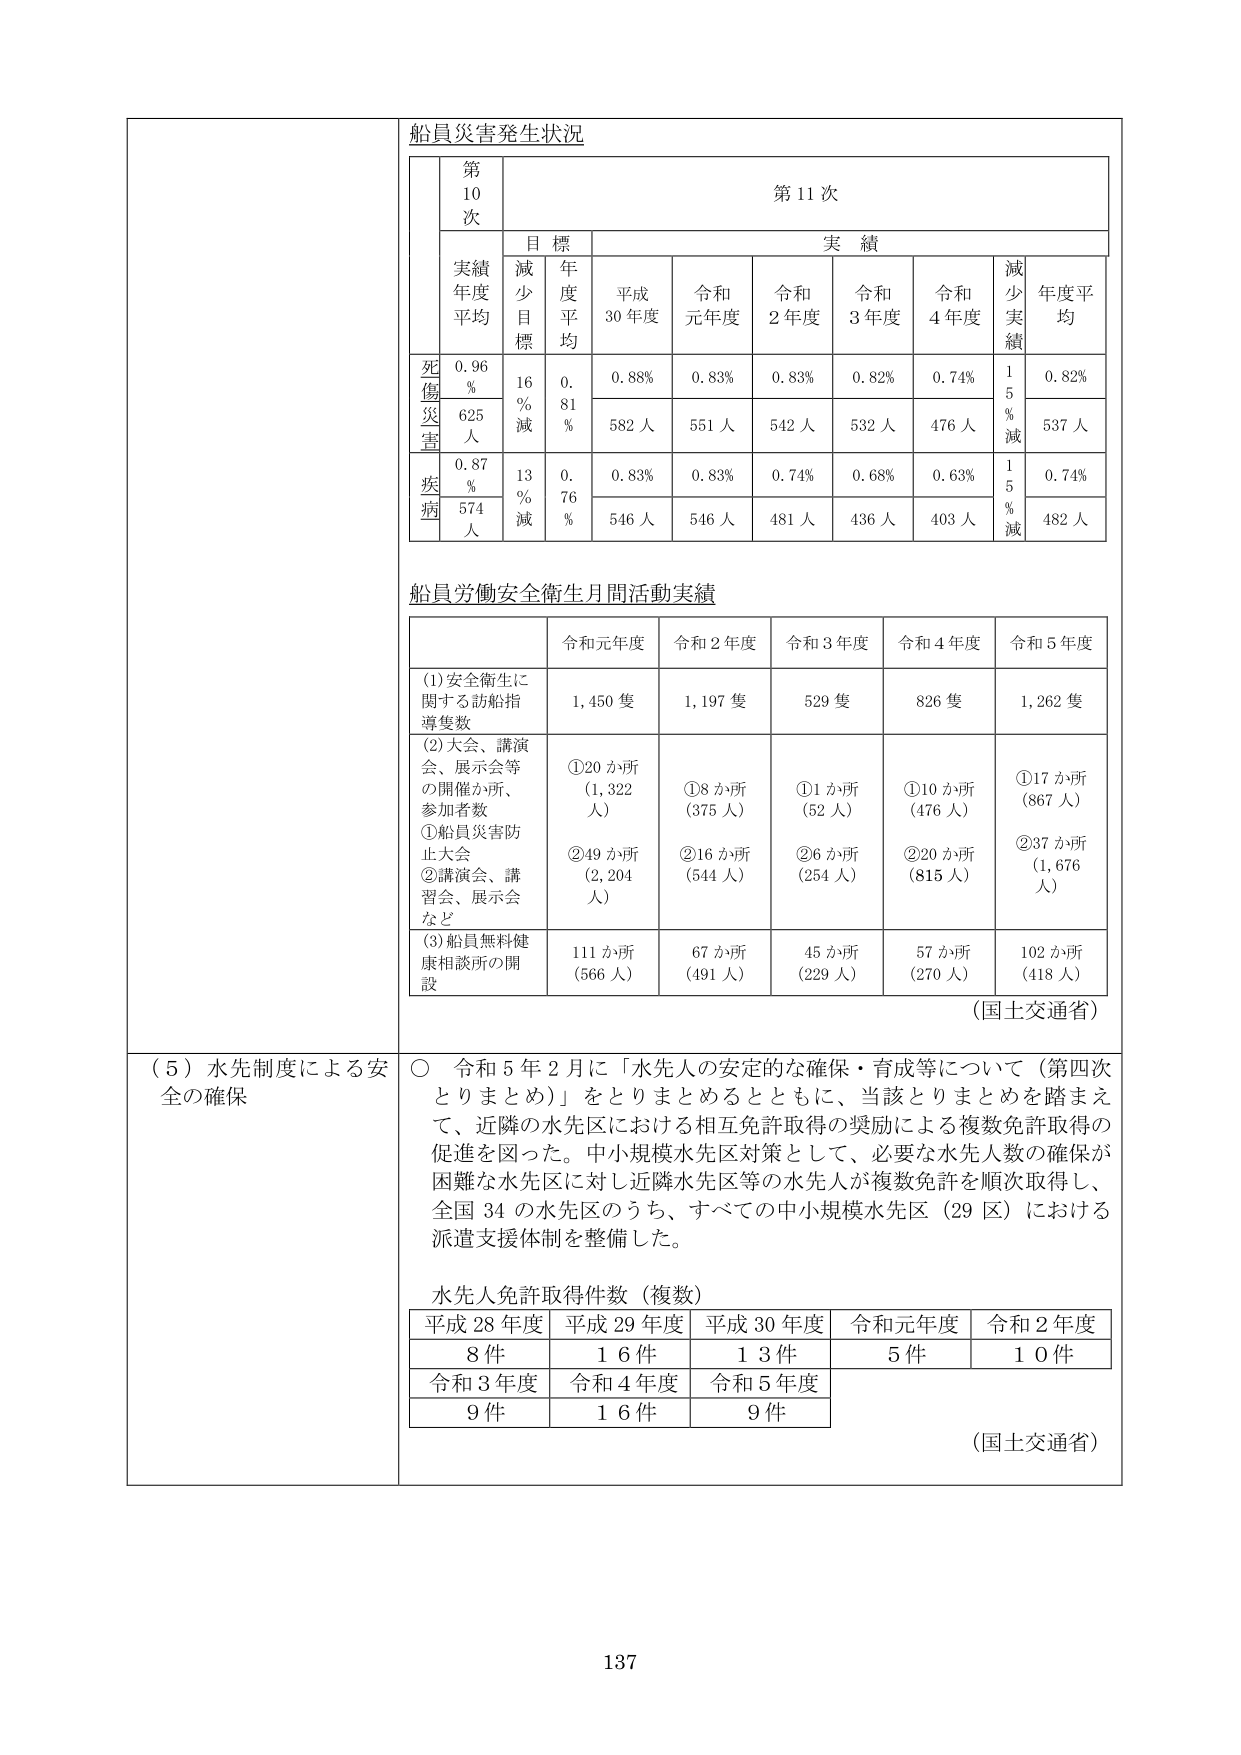
船員災害発生状況

第10次

第11次

目標

実績

実績
年度
平均

減少
目標

年度
平均

平成
30年度

令和
元年度

令和
2年度

令和
3年度

令和
4年度

減少
実績

年度平
均

死傷災害
0.96%
16%
減
0.81%
0.88%
0.83%
0.83%
0.82%
0.74%
15%減
0.82%
625人
582人
551人
542人
532人
476人
537人

疾病
0.87%
13%
減
0.76%
0.83%
0.83%
0.74%
0.68%
0.63%
15%減
0.74%
574人
546人
546人
481人
436人
403人
482人

船員労働安全衛生月間活動実績

令和元年度
令和2年度
令和3年度
令和4年度
令和5年度

(1)安全衛生に関する訪船指導隻数
1,450隻
1,197隻
529隻
826隻
1,262隻

(2)大会、講演会、展示会等の開催か所、参加者数
①船員災害防止大会
②講演会、講習会、展示会など
①20か所（1,322人）
②49か所（2,204人）
①8か所（375人）
②16か所（544人）
①1か所（52人）
②6か所（254人）
①10か所（476人）
②20か所（815人）
①17か所（867人）
②37か所（1,676人）

(3)船員無料健康相談所の開設
111か所（566人）
67か所（491人）
45か所（229人）
57か所（270人）
102か所（418人）

（国土交通省）

（5）水先制度による安全の確保

○ 令和5年2月に「水先人の安定的な確保・育成等について（第四次とりまとめ）」をとりまとめるとともに、当該とりまとめを踏まえて、近隣の水先区における相互免許取得の奨励による複数免許取得の促進を図った。中小規模水先区対策として、必要な水先人数の確保が困難な水先区に対し近隣水先区等の水先人が複数免許を順次取得し、全国34の水先区のうち、すべての中小規模水先区（29区）における派遣支援体制を整備した。

水先人免許取得件数（複数）

平成28年度
平成29年度
平成30年度
令和元年度
令和2年度

8件
16件
13件
5件
10件

令和3年度
令和4年度
令和5年度

9件
16件
9件

（国土交通省）

137